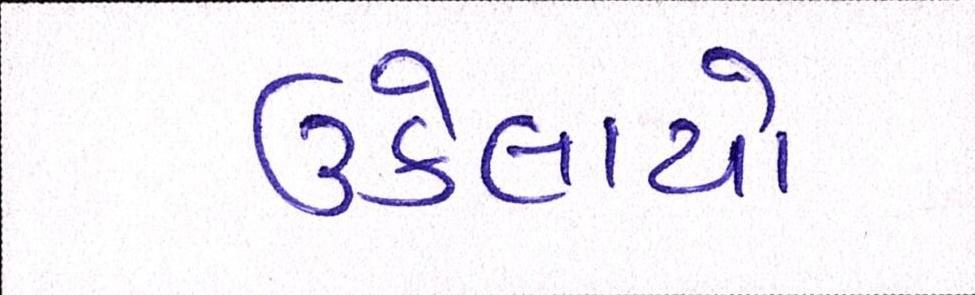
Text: ઉકેલાયો